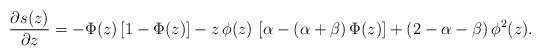
\begin{align*}\frac{\partial s(z)}{\partial z}=-\Phi(z)\,[1-\Phi(z)]- z\,\phi(z)\,\left[\alpha-(\alpha+\beta)\,\Phi(z)\right]+(2-\alpha-\beta)\,\phi^2(z).\end{align*}